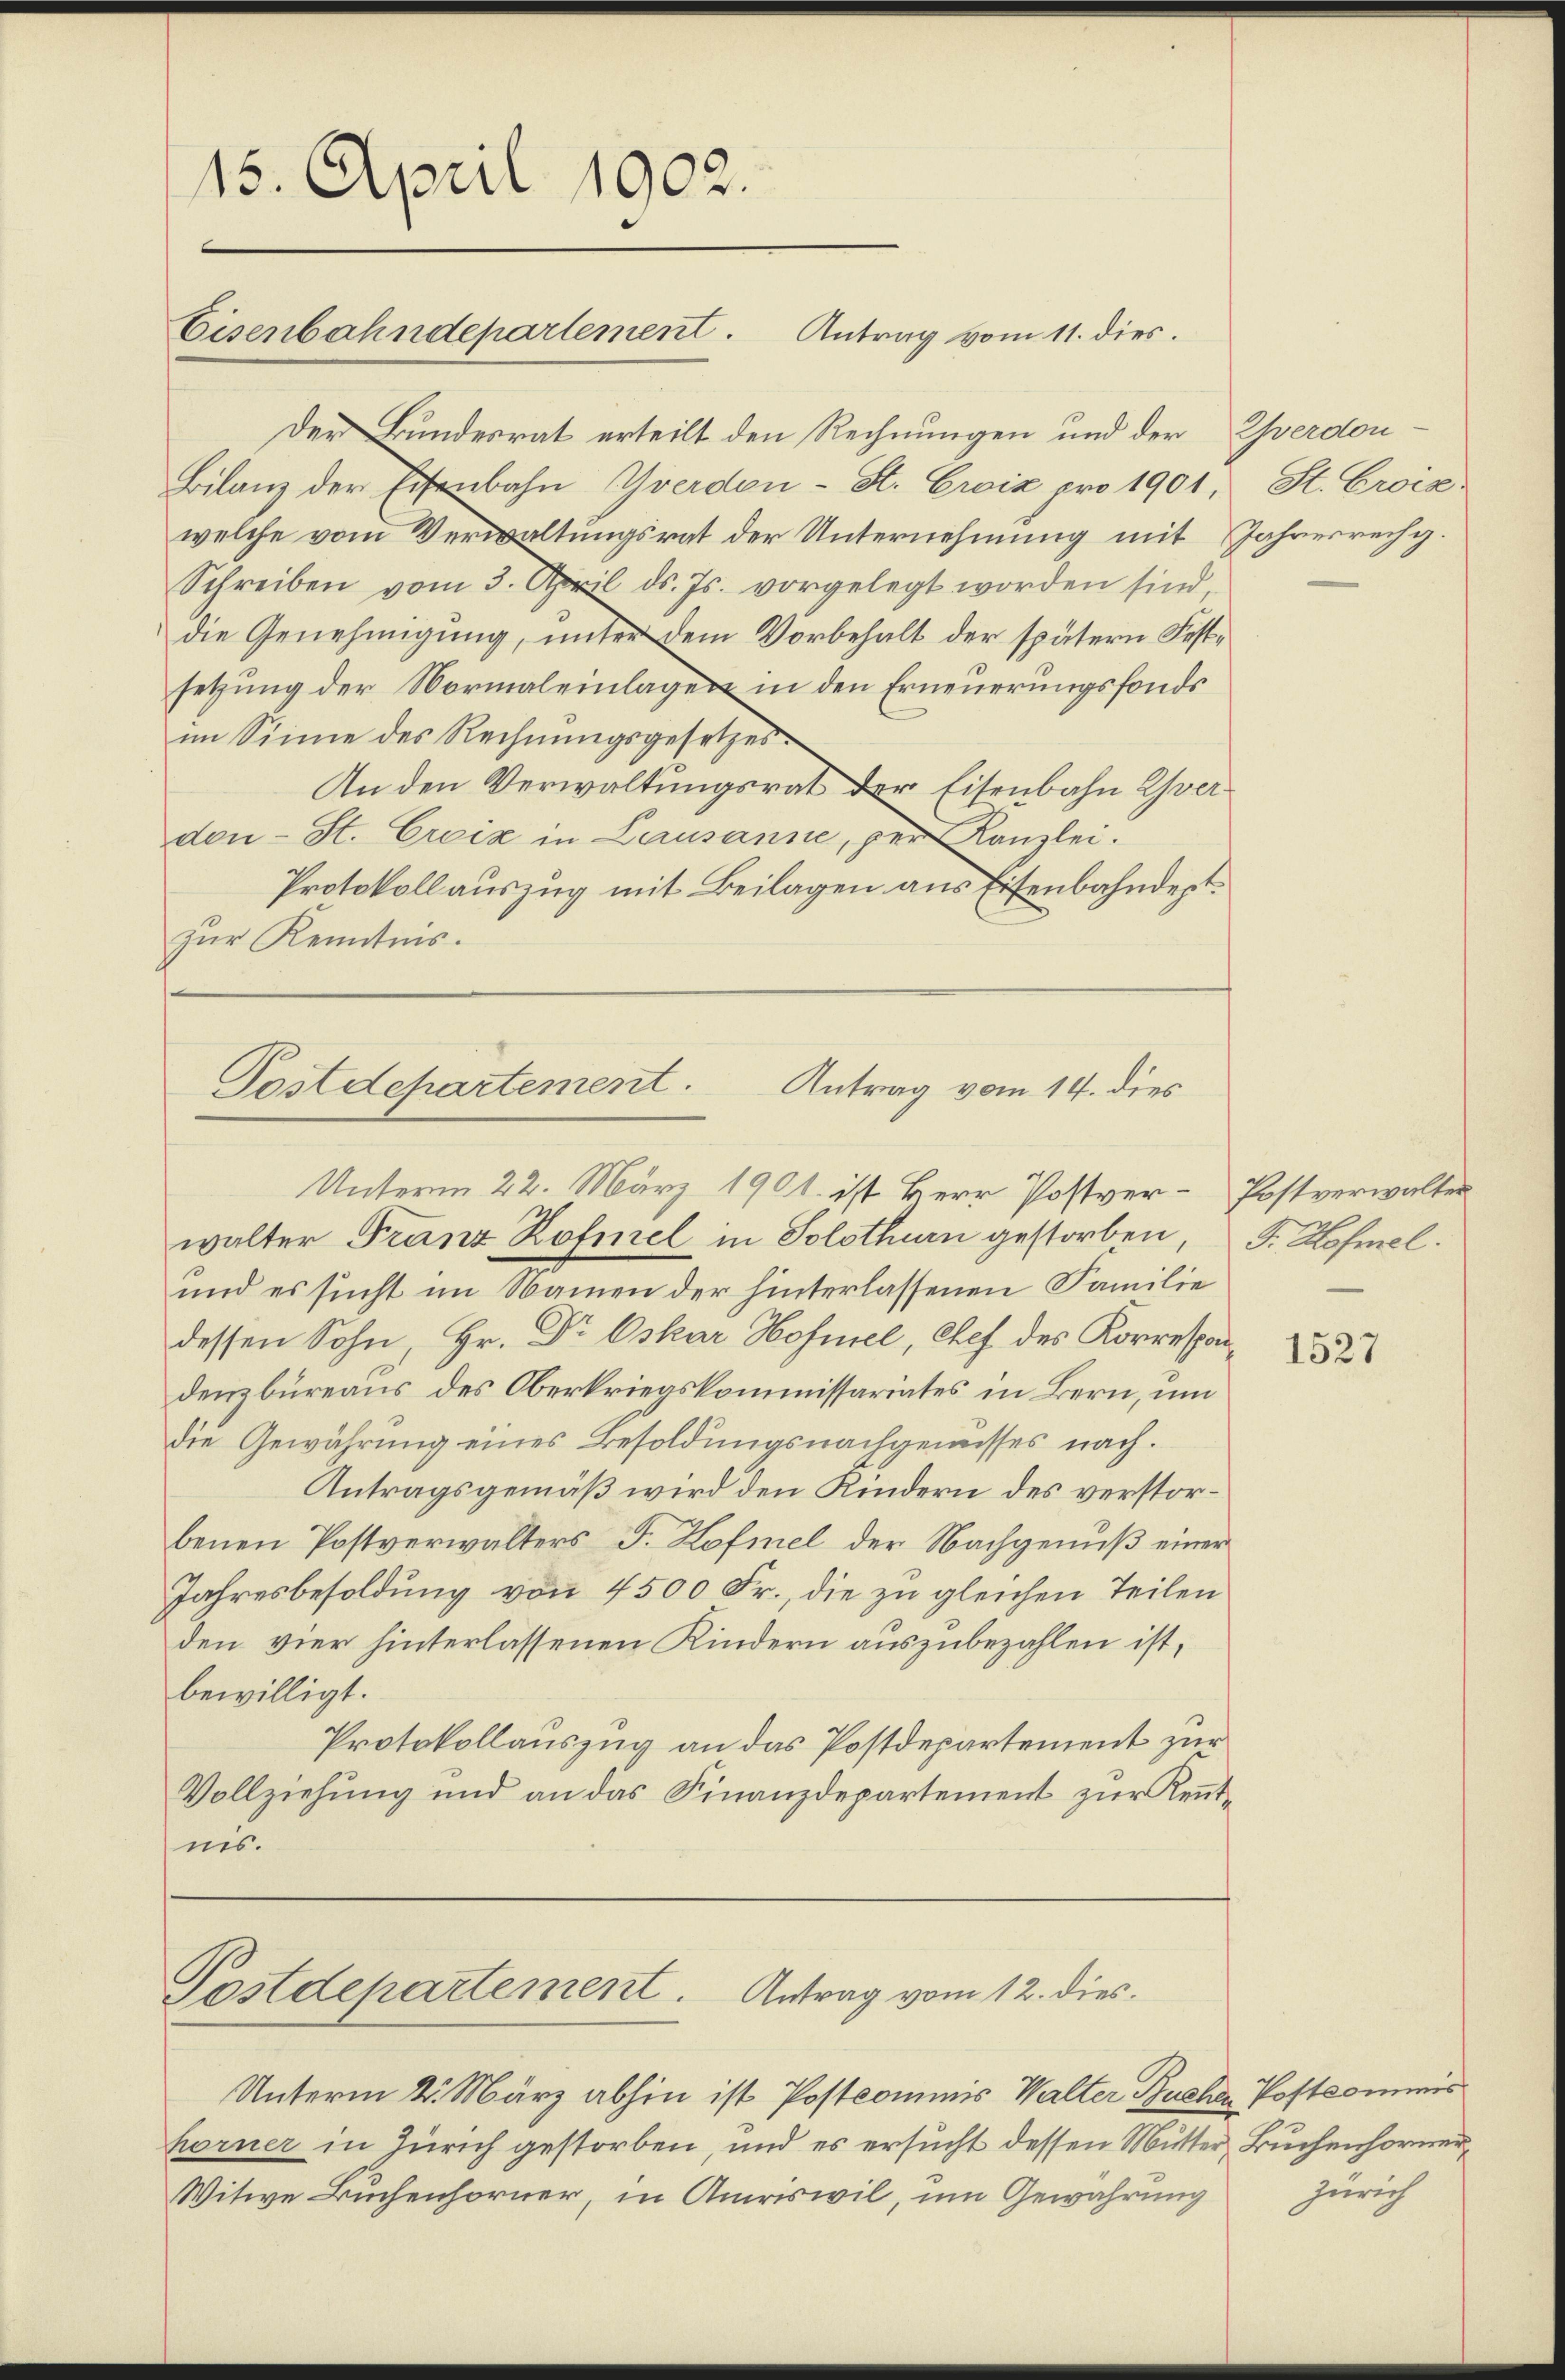
15. April 1902.

Der Bundesrat erteilt den Rechnungen und der verdon-
Bilanz der Eisenbahn Yverdon - St. Croix pro 1901, St. Crois-
welche vom Verwaltungsrat der Unternehmung mit Jahresrechg.
Schreiben vom 3. April ds. Js. vorgelegt worden sind
die Genehmigung, unter dem Vorbehalt der spätern Festsetzung der Normaleinlagen in den Erneuerungsfonds
im Sinne des Rechnungsgesetzes.
An den Verwaltungsrat der Eisenbahn verdon - St. Creiz in Lausanne, per Kanzlei.
Protokollauszug mit Beilagen aus Eisenbahndept
zur Kenntnis.

Eisenbahndepartement. Antrag vom 11. dies

Postdepartement.
Antrag vom 14. dies

Postdepartement. Antrag vom 12. dies

Unterm 2. März abhin ist Postcommis Walter Buche Postkommis
horner in Zürich gestorben, und es ersucht dessen Mutter Buchenhorner
Witwe Buchenhorner, in Amriswil, um Gewährung

Unterm 22. März 1901. ist Herr Postver-Postverwalter
walter Franz Rofiel in Solothurn gestorben, F. Hofmel.
und es sucht im Namen der hinterlassenen Familie
dessen Sohn, Hr. Dr Oskar Hofnrel, Chef des Korrespondenzbüreaus des Oberkriegskommissariates in Bern, um
die Gewährung eines Besoldungsnachgewisses nach¬
Antragsgemäß wird den Kindern des verstorbenen Postverwalters F. Hofmel der Nachgenuß einer
Jahresbesoldung von 4500 Fr., die zu gleichen Teilen
den vier hinterlassenen Kindern auszubezahlen ist,
bewilligt.
Protokollauszug an das Postdepartement zur
Vollziehung und an das Finanzdepartement zur Kenntnis.

1527

Zürich